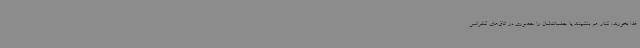
غذا بخورند، کنار هم بنشینند یا جلسات‌شان را حضوری در اتاق‌های کنفرانس